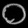
Digit: ၀